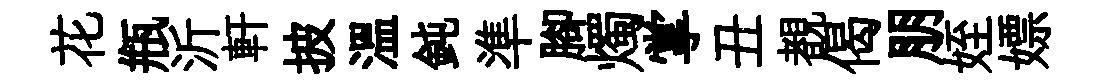
花瓶沂軒披温鈍準腳燭掌丑覩偈朋姪嫖